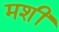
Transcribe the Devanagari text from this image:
मशीं